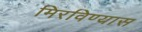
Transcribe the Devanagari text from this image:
मिरविण्यास